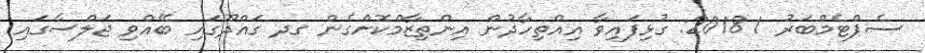
ސެޕްޓެމްބަރު 1 2018: ގުޅިފައިވާ އިއްތިހާދުން އިންތިޒާމްކޮށްގެން ގދ ގައްދޫގައި ބޭއްވި ޖަލްސާގައި